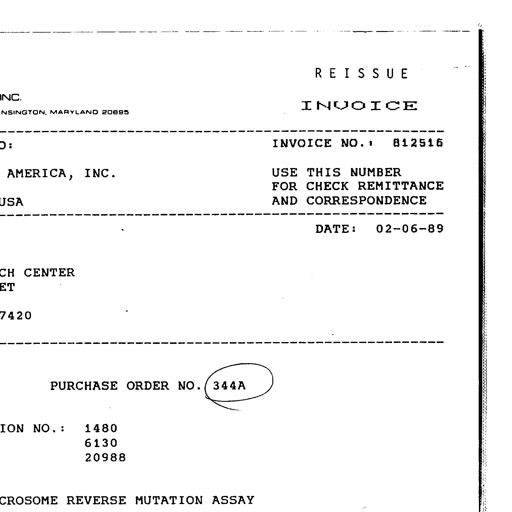
Transcript:
R E I S S U E
INVOICE
INC.
NSINGTON, MARYLAND 20895
INVOICE NO.: 812516
AMERICA, INC.
USE THIS NUMBER
FOR CHECK REMITTANCE
USA
AND CORRESPONDENCE
DATE: 02-06-89
CH CENTER
ET
7420
PURCHASE ORDER NO. 344A
ION NO.: 1480
6130
20988
CROSOME REVERSE MUTATION ASSAY